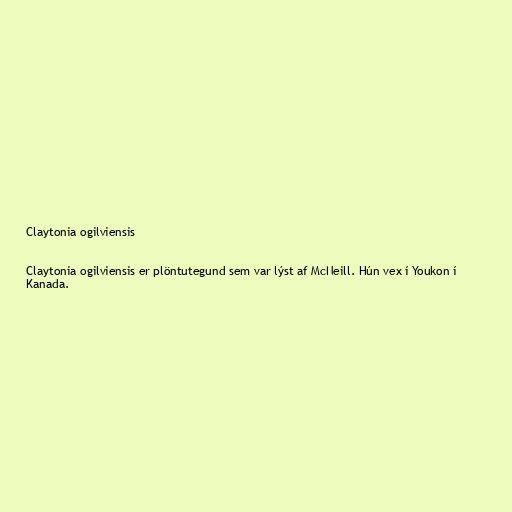
Claytonia ogilviensis

Claytonia ogilviensis er plöntutegund sem var lýst af McNeill. Hún vex í Youkon í
Kanada.